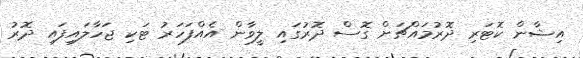
އިޝާން ކޮޓަރި ދޮރުމައްޗަށް ގޮސް ދޮރުގައި ލީވާން އެއްފަހަރު ޓަކި ޖަހާލައިފައި ދޮރު